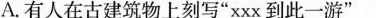
A.有人在古建筑物上刻写”xxx到此一游”